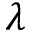
\lambda